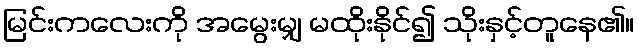
မြင်းကလေးကို အမွေးမျှ မထိုးနိုင်၍ သိုးနှင့်တူနေ၏။